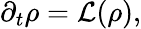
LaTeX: \partial_{t}\rho=\mathcal{L}(\rho),